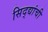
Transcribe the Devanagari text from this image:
सिद्द्यांची